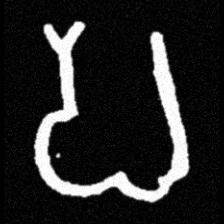
Pyu character \u2014 Myanmar letter: ပ (romanized: pa)